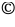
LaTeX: ^\mathrm{\textcopyright}